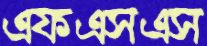
এফএসএস